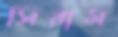
সিরাম